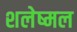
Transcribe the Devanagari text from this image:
शलेष्मल